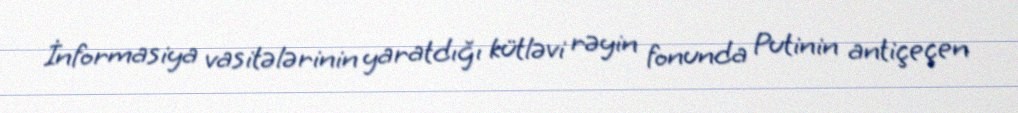
İnformasiya vasitələrinin yaratdığı kütləvi rəyin fonunda Putinin antiçeçen